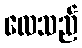
လေသည်